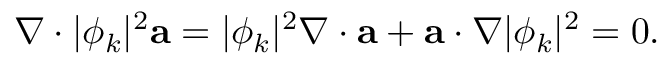
\nabla \cdot | \phi _ { k } | ^ { 2 } \mathbf { a } = | \phi _ { k } | ^ { 2 } \nabla \cdot \mathbf { a } + \mathbf { a } \cdot \nabla | \phi _ { k } | ^ { 2 } = 0 .